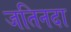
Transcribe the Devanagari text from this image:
जतिनदा